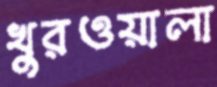
খুরওয়ালা